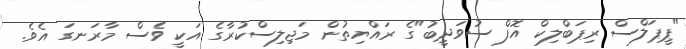
"ޕީޕަލްސް ރިޕަބްލިކް އޮފް ސުވަދީބު"ގެ ރައްޔިތުން މަޖިލިސްކުރާގެ އަކީ ވެސް މާރަނގަ އެވެ.